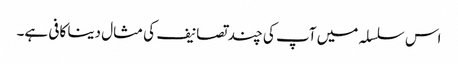
اس سلسلہ میں آپ کی چند تصانیف کی مثال دینا کافی ہے۔